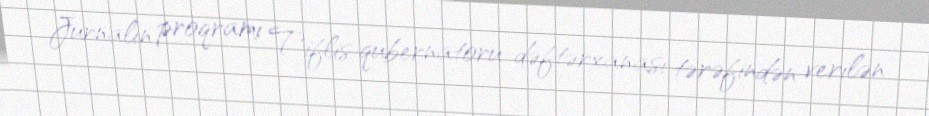
Jurnalın proqramı Tiflis qubernatoru dəftərxanası tərəfindən verilən